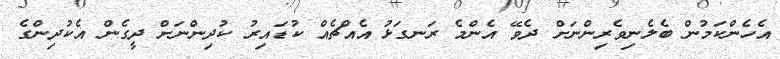
އެހެންކަމުން ބެލެނިވެރިންނަށް ދެވޭ އެންމެ ރަނގަޅު އެއްޗެއް ކުޑައިރު ކުދިންނަށް ދީގެން އެކުދިންގެ